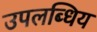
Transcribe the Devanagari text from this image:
उपलब्धिय